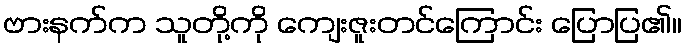
ဗားနက်က သူတို့ကို ကျေးဇူးတင်ကြောင်း ပြောပြ၏။